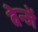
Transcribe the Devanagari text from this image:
बेन्जें